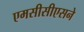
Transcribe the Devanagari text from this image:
एमसीसीएसने